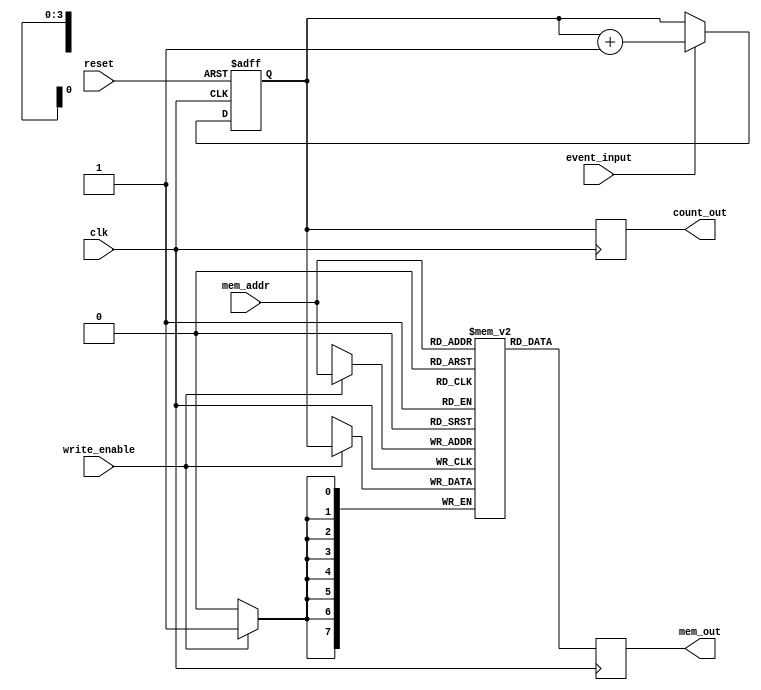
module EventCounter #(
    parameter COUNTER_WIDTH = 8, // Bit-width of the counter
    parameter MEM_SIZE = 16       // Number of memory blocks
)(
    input wire clk,               // Clock signal
    input wire reset,             // Asynchronous reset
    input wire event_input,       // Event input signal
    input wire write_enable,      // Control signal to write to memory
    input wire [3:0] mem_addr,    // Memory address to write/read
    output reg [COUNTER_WIDTH-1:0] count_out, // Output count
    output reg [COUNTER_WIDTH-1:0] mem_out    // Read data from memory
);

    // Counter declaration
    reg [COUNTER_WIDTH-1:0] counter;

    // Memory declaration (using a simple array)
    reg [COUNTER_WIDTH-1:0] memory [0:MEM_SIZE-1];

    // Synchronous counter logic
    always @(posedge clk or posedge reset) begin
        if (reset) begin
            counter <= 0; // Reset counter to zero
        end else begin
            if (event_input) begin
                counter <= counter + 1; // Increment counter on event
            end
        end
    end

    // Memory write logic
    always @(posedge clk) begin
        if (write_enable) begin
            memory[mem_addr] <= counter; // Write current count to memory
        end
    end

    // Memory read logic
    always @(posedge clk) begin
        mem_out <= memory[mem_addr]; // Read from memory
    end

    // Output count
    always @(posedge clk) begin
        count_out <= counter; // Output current count
    end

endmodule